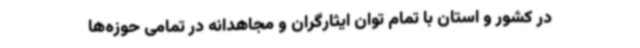
در کشور و استان با تمام توان ایثارگران و مجاهدانه در تمامی حوزه‌ها